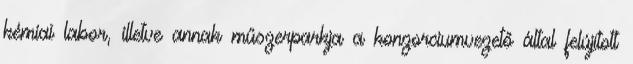
kémiai labor, illetve annak műszerparkja a konzorciumvezető által felújított